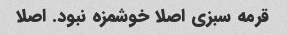
قرمه سبزی اصلا خوشمزه نبود. اصلا